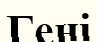
Гені